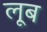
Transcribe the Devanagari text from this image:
लूब